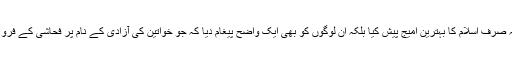
انہوں نے عالم سطح پر نہ صرف اسلام کا بہترین امیج پیش کیا بلکہ ان لوگوں کو بھی ایک واضح پیغام دیا کہ جو خواتین کی آزادی کے نام پر فحاشی کے فروغ کے لیے سرگرداں ہیں۔